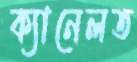
ক্যানেলত